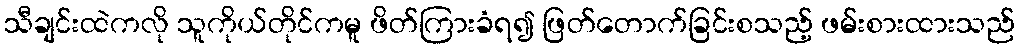
သီချင်းထဲကလို သူကိုယ်တိုင်ကမူ ဖိတ်ကြားခံရ၍ ဖြတ်တောက်ခြင်းစသည့် ဖမ်းစားထားသည်